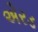
એરડ